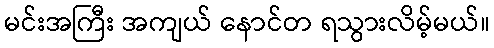
မင်းအကြီး အကျယ် နောင်တ ရသွားလိမ့်မယ်။